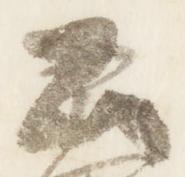
公